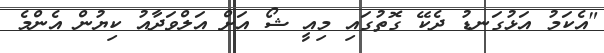
"އެކަމު އަޅުގަނޑު ދެކޭ ގޮތުގައި މިއީ ޝޯ އަށް އަލްވަދާއު ކިޔުން އެންމެ